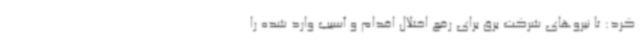
کرد: تا نیروهای شرکت برق برای رفع اختلال اقدام و آسیب وارد شده را